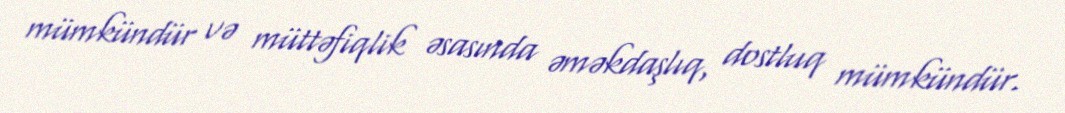
mümkündür və müttəfiqlik əsasında əməkdaşlıq, dostluq mümkündür.